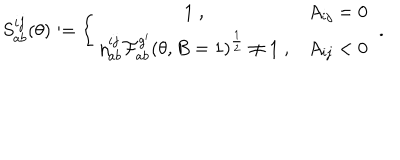
LaTeX: S _ { a b } ^ { i j } ( \theta ) : = \left\{ \begin{array} { c c } { { 1 \; , } } & { { A _ { i j } = 0 } } \\ { { \eta _ { a b } ^ { i j } \mathcal { F } _ { a b } ^ { g ^ { \prime } } ( \theta , B = 1 ) ^ { \frac { 1 } { 2 } } \neq 1 \; , } } & { { A _ { i j } < 0 } } \\ \end{array} \right. \; .